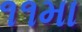
૧૧મા